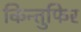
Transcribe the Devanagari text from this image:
किन्तुफिर